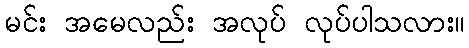
မင်း အမေလည်း အလုပ် လုပ်ပါသလား။